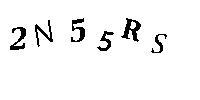
2N55RS